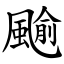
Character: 䬔